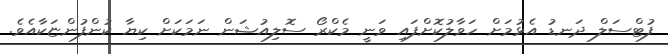
ފުޓްސަލް ދަނޑު އެޅުމަށް ހަވާލުކޮށްފައި ވަނީ މެކްރޯ ސޮލިއުޝަން ނަމަކަށް ކިޔާ ކުންފުންޏަކާއެވެ.